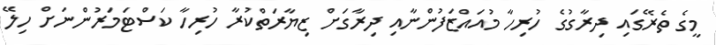
މީގެ ތެރޭގައި ދިރާގުގެ ހުރިހާ މުއައްޒަފުންނާއި ދިރާގަށް ޒިޔާރަތްކުރާ ހުރިހާ ކަސްޓަމަރުންނަށް ހިލޭ